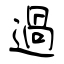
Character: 過